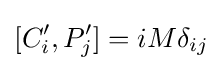
[C'_{i},P'_{j}]=iM\delta _{ij}